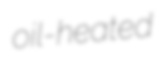
oil-heated